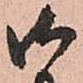
御